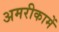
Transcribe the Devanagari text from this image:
अमरीकामें